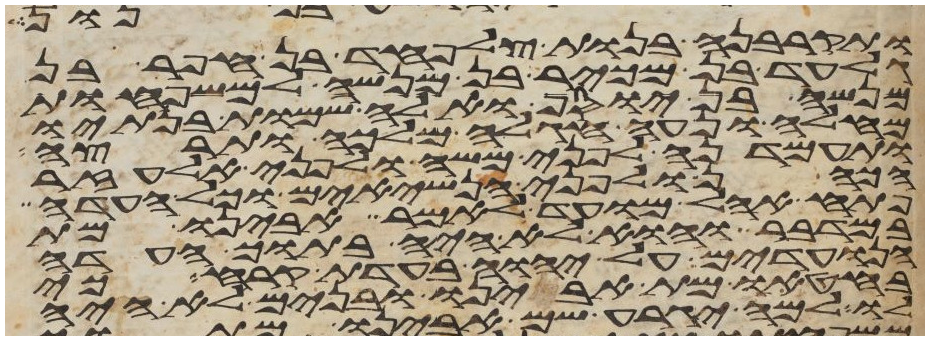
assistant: ותקרבנה בנות צלפחד בן חפר בן
גלעד בן מכיר בן מנשה למשפחות
מנשה בן יוסף ואלה שמות בנתיו
מחלה ונעה חגלה מלכה ותרצה
ותעמדנה לפני משה ולפני אלעזר
הכהן ולפני הנשיאים וכל העדה
פתח אהל מועד לאמר אבינו מת
במדבר והוא לא היה בתוך העדה
הנועדים על יהוה בעדת קרח כי
בחטאו מת אבינו ובנים לא היה